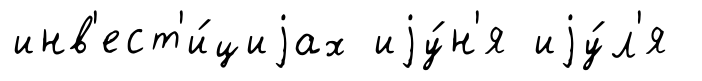
инв'ест'и́циjах иjу́н'я иjу́л'я